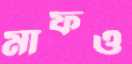
মাফও